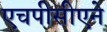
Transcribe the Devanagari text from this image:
एचपीसीएने